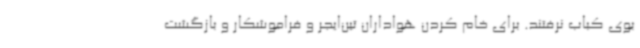
بوی کباب نرفتند. برای خام کردن هواداران تین‌ایجر و فراموشکار و بازگشت